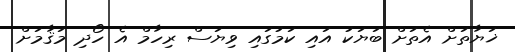
ޚަޔާތަށް އެތަށް ބަޔަކު އައި ކަމުގައި ވިޔަސް ރިހާމް އެ ހޯދި މަޤާމަށް